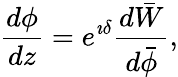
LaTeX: \frac{d\phi}{dz}=e^{\imath\delta}\frac{d\bar{W}}{d\bar{\phi}},